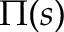
\Pi ( s )